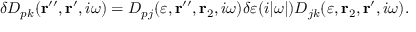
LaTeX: \delta D _ { p k } ( { \bf r } ^ { \prime \prime } , { \bf r } ^ { \prime } , i \omega ) = D _ { p j } ( \varepsilon , { \bf r } ^ { \prime \prime } , { \bf r } _ { 2 } , i \omega ) \delta \varepsilon ( i | \omega | ) D _ { j k } ( \varepsilon , { \bf r } _ { 2 } , { \bf r } ^ { \prime } , i \omega ) .